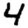
Digit: 4